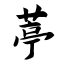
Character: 葶